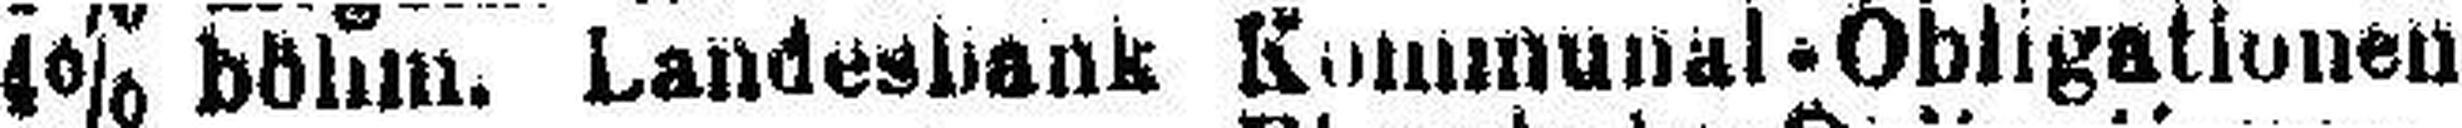
4% böhm. Landesbank Kommunal-Obligationen